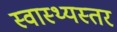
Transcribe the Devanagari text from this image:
स्वास्थ्यस्तर